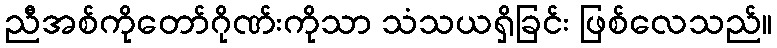
ညီအစ်ကိုတော်ဂိုဏ်းကိုသာ သံသယရှိခြင်း ဖြစ်လေသည်။